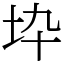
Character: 𡉻